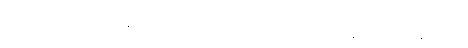
ထို့ကြောင့် “သင်တို့လဲ နားထောင်၊ ငါလဲနားထောင်၊ ပေါင်း၍ ငါတို့ နားထောင်ကုန်အံ့” ဟု